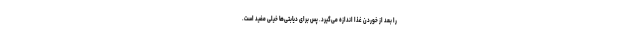
را بعد از خوردن غذا اندازه می‌گیرد. پس برای دیابتی‌ها خیلی مفید است.